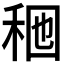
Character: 𱶄